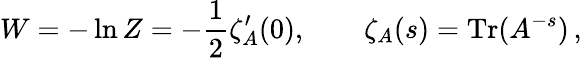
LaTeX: W=-\ln Z=-\frac{1}{2}\zeta_{A}^{\prime}(0),\qquad\zeta_{A}(s)={\textrm{Tr}}(A^{-s})\, ,